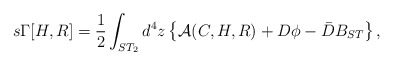
\begin{align*}s\Gamma[H,R]=\frac{1}{2}\int_{ST_{2}} d^{4}z\left\{{\cal A}(C,H,R)+D\phi-\bar{D}B_{ST}\right\},\end{align*}